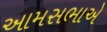
આમસભાએ